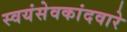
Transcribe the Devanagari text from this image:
स्वयंसेवकांदवारे